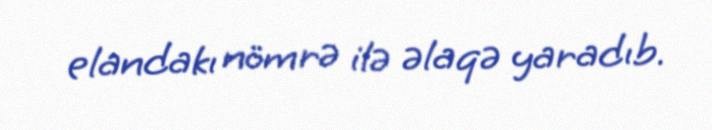
elandakı nömrə ilə əlaqə yaradıb.